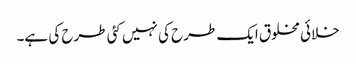
خلائی مخلوق ایک طرح کی نہیں کئی طرح کی ہے۔